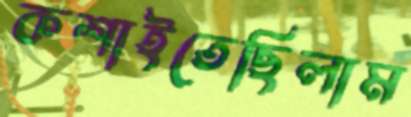
কশাইতেছিলাম